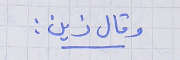
وقال زين :